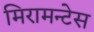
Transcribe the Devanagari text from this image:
मिरामन्टेस